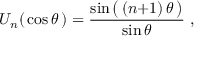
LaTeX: U _ { n } ( \, \cos \theta \, ) = { \frac { \sin { \big ( } \, ( n { + } 1 ) \, \theta \, { \big ) } } { \sin \theta } } ~ ,